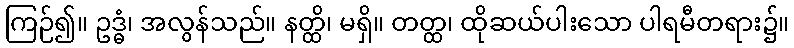
ကြဉ်၍။ ဥဒ္ဓံ၊ အလွန်သည်။ နတ္ထိ၊ မရှိ။ တတ္ထ၊ ထိုဆယ်ပါးသော ပါရမီတရား၌။